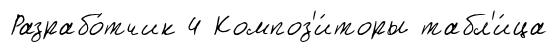
Разрабо́тчик 4 Композ'и́торы табл'и́ца